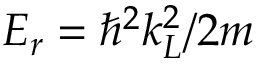
E _ { r } = \hbar ^ { 2 } k _ { L } ^ { 2 } / 2 m